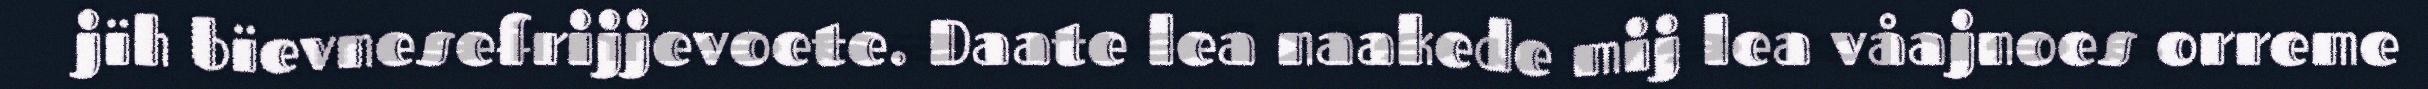
jïh bïevnesefrijjevoete. Daate lea naakede mij lea våajnoes orreme